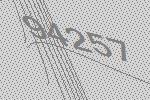
94257